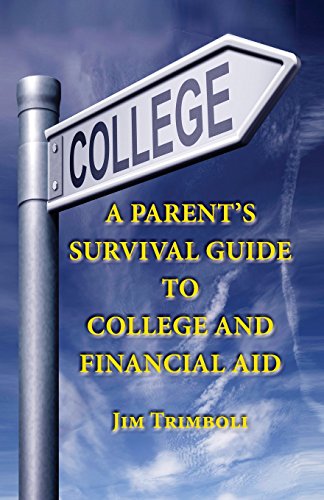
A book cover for A Parent's Survival Guide to College and Financial Aid; Jim Trimboli; Education & Teaching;